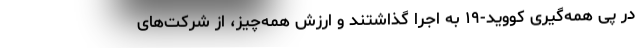
در پی همه‌گیری کووید-۱۹ به اجرا گذاشتند و ارزش همه‌چیز، از شرکت‌های